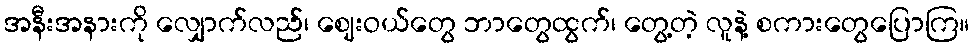
အနီးအနားကို လျှောက်လည်၊ ဈေးဝယ်တွေ ဘာတွေထွက်၊ တွေ့တဲ့ လူနဲ့ စကားတွေပြောကြ။